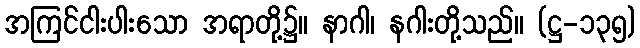
အကြင်ငါးပါးသော အရာတို့၌။ နာဂါ၊ နဂါးတို့သည်။ (ဋ္ဌ-၁၃၅)